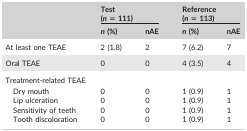
<table><thead><tr><td></td><td colspan="2"><b>Test (<i>n</i> = 111)</b></td><td colspan="2"><b>Reference (<i>n</i> = 113)</b></td></tr><tr><td></td><td><b><i>n</i> (%)</b></td><td><b>nAE</b></td><td><b><i>n</i> (%)</b></td><td><b>nAE</b></td></tr></thead><tbody><tr><td>At least one TEAE</td><td>2 (1.8)</td><td>2</td><td>7 (6.2)</td><td>7</td></tr><tr><td>Oral TEAE</td><td>0</td><td>0</td><td>4 (3.5)</td><td>4</td></tr><tr><td colspan="5">Treatment‐related TEAE</td></tr><tr><td>Dry mouth</td><td>0</td><td>0</td><td>1 (0.9)</td><td>1</td></tr><tr><td>Lip ulceration</td><td>0</td><td>0</td><td>1 (0.9)</td><td>1</td></tr><tr><td>Sensitivity of teeth</td><td>0</td><td>0</td><td>1 (0.9)</td><td>1</td></tr><tr><td>Tooth discoloration</td><td>0</td><td>0</td><td>1 (0.9)</td><td>1</td></tr></tbody></table>